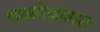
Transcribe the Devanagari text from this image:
तळोदयात